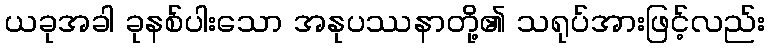
ယခုအခါ ခုနစ်ပါးသော အနုပဿနာတို့၏ သရုပ်အားဖြင့်လည်း